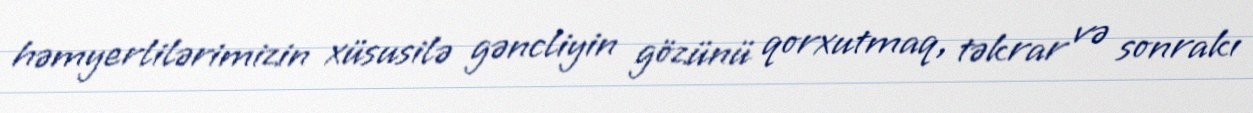
həmyerlilərimizin xüsusilə gəncliyin gözünü qorxutmaq, təkrar və sonrakı